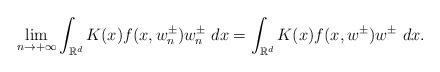
LaTeX: \begin{align*} \lim_{n\rightarrow+\infty}\int_{\mathbb{R}^{d}}K(x)f(x,w_{n}^{\pm})w_{n}^{\pm}\ dx= \int_{\mathbb{R}^{d}}K(x)f(x,w^{\pm})w^{\pm}\ dx. \end{align*}